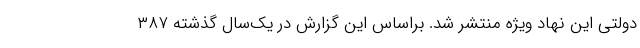
دولتی این نهاد ویژه منتشر شد. براساس این گزارش در یک‌سال گذشته ۳۸۷